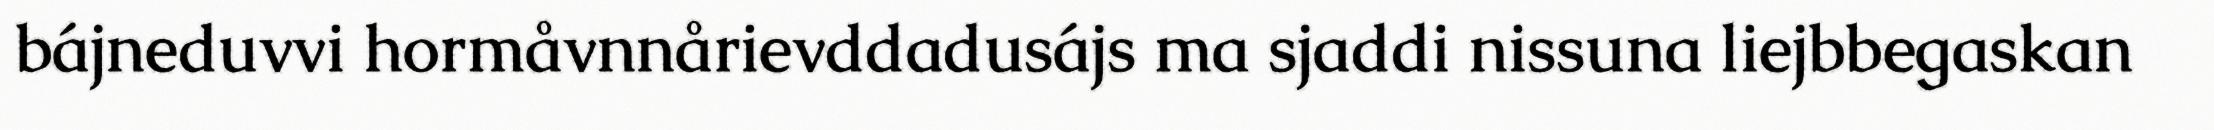
bájneduvvi hormåvnnårievddadusájs ma sjaddi nissuna liejbbegaskan